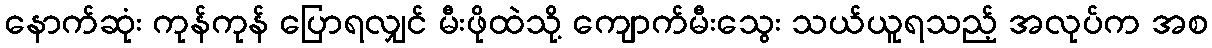
နောက်ဆုံး ကုန်ကုန် ပြောရလျှင် မီးဖိုထဲသို့ ကျောက်မီးသွေး သယ်ယူရသည့် အလုပ်က အစ